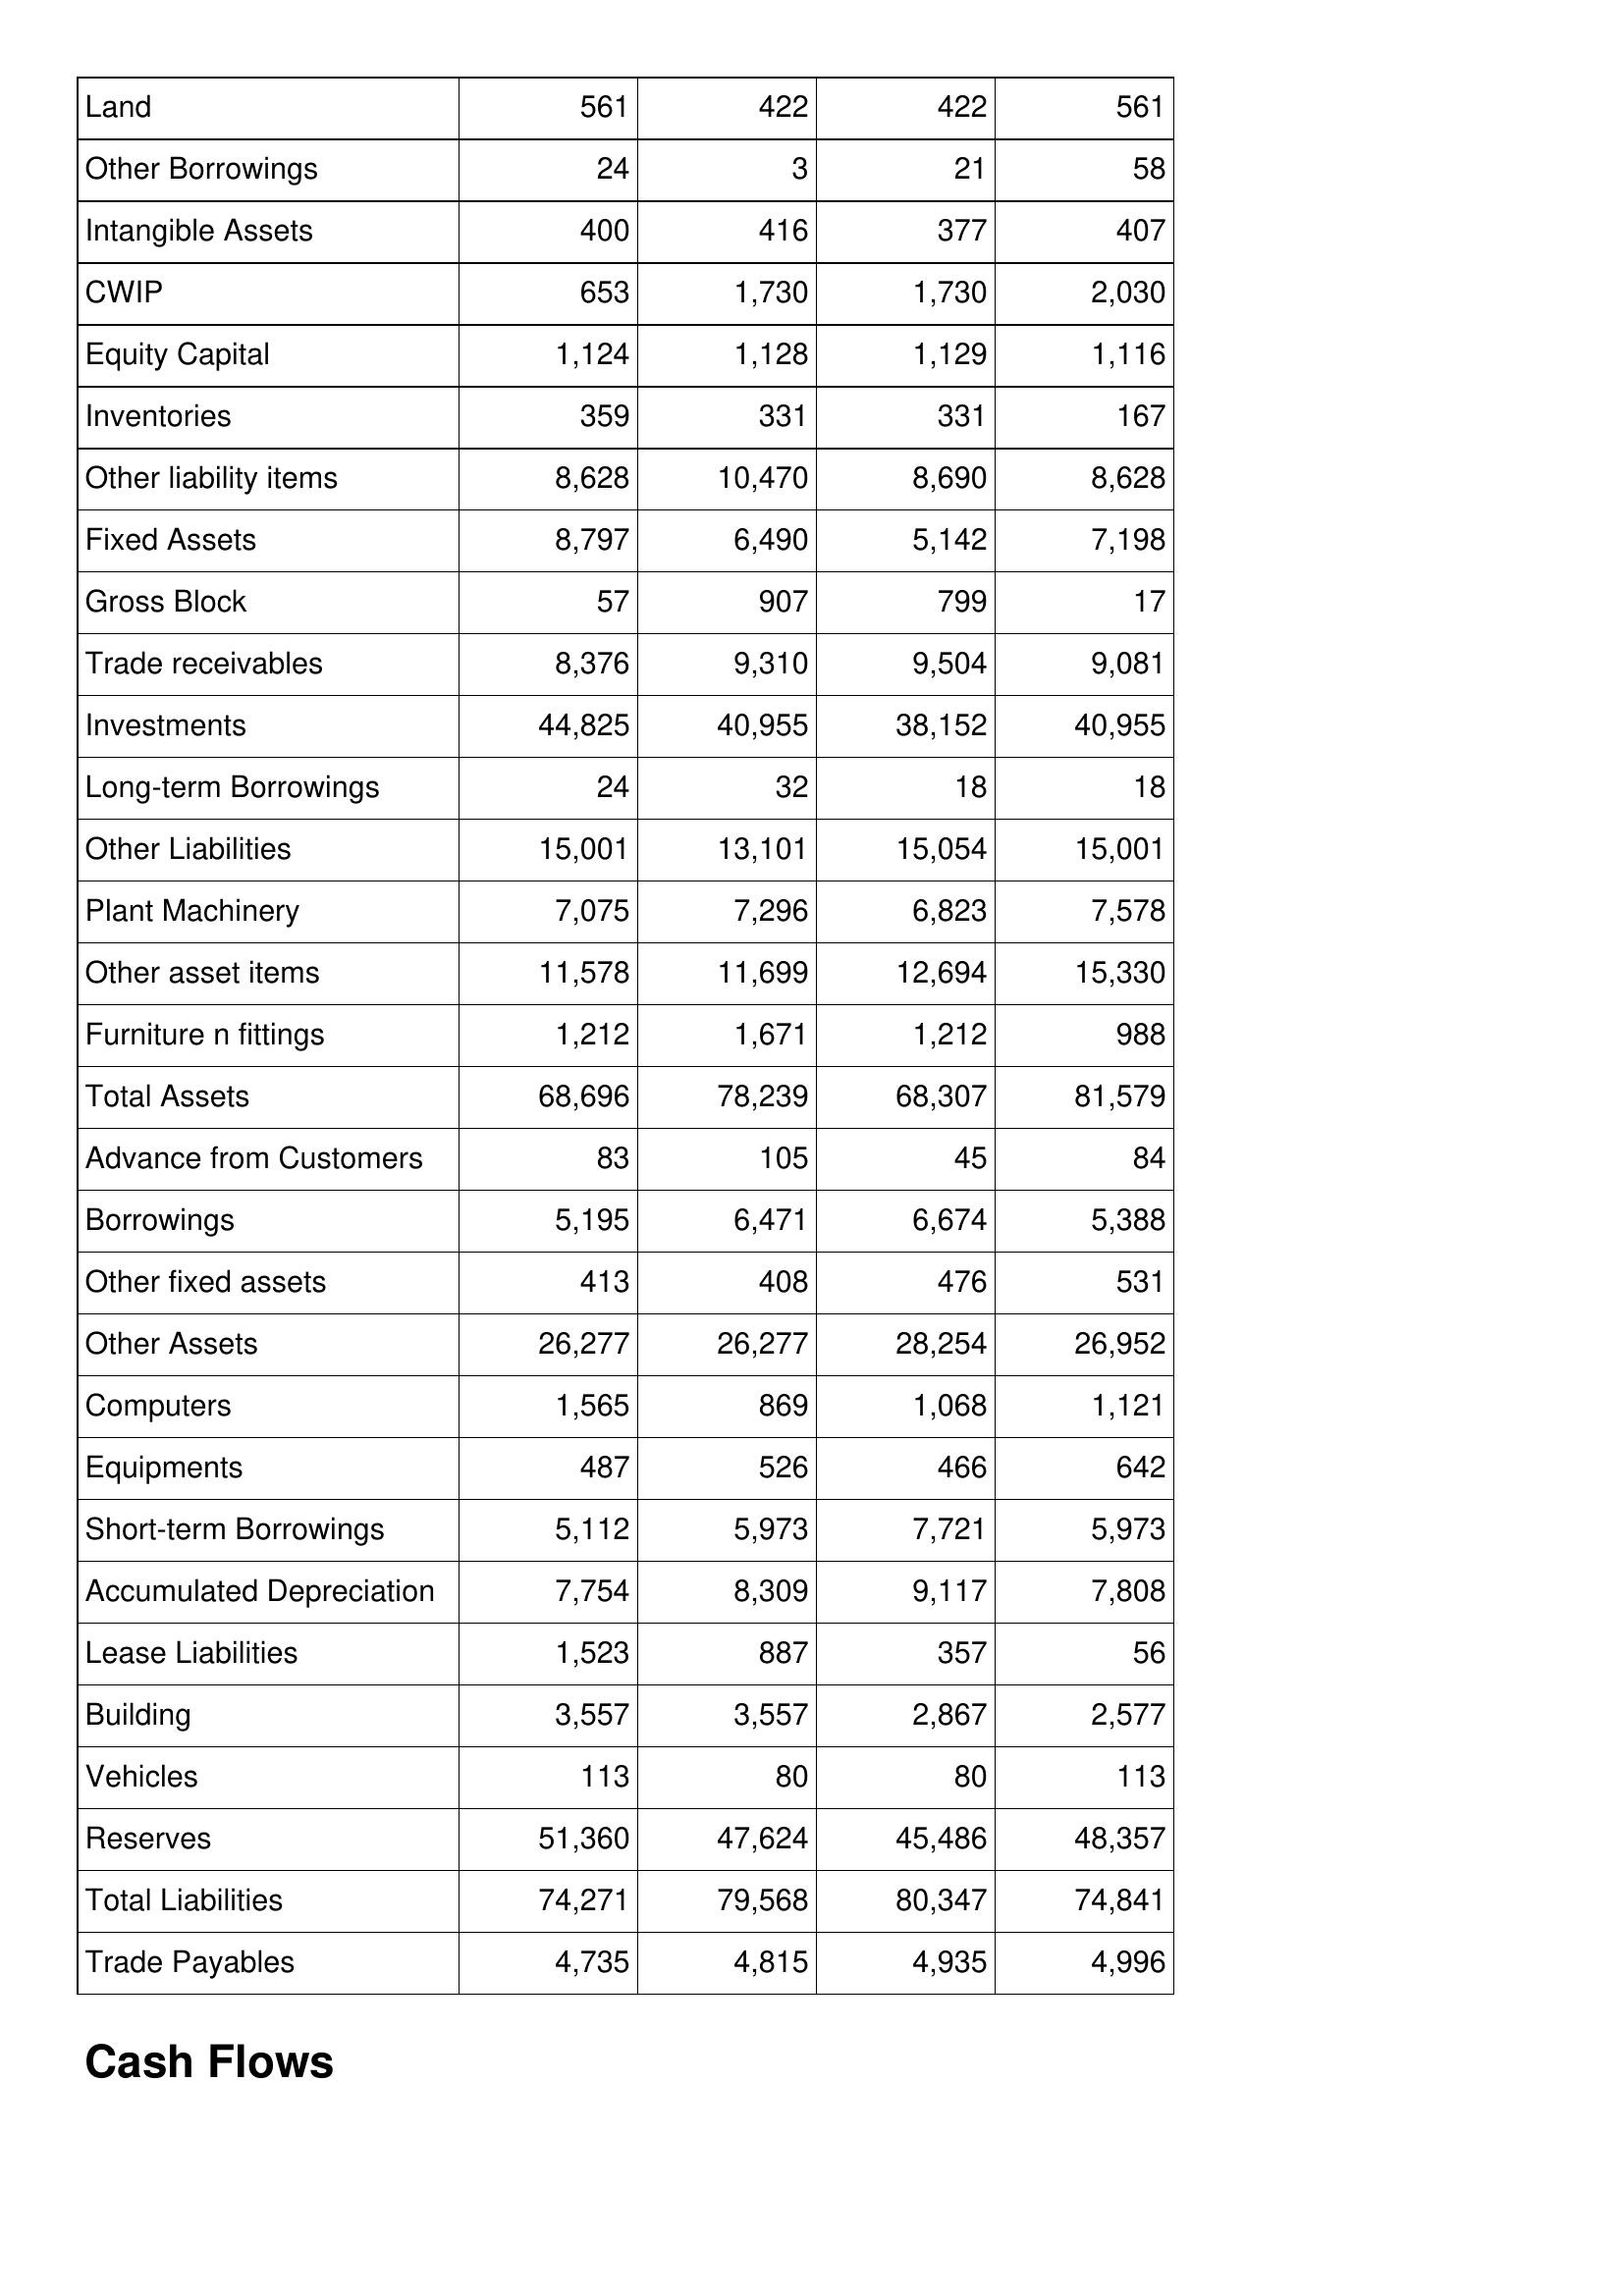
May-08: Balance Sheet: Land: 561
Other Borrowings: 24
Intangible Assets: 400
CWIP: 653
Equity Capital: 1,124
Inventories: 359
Other liability items: 8,628
Fixed Assets: 8,797
Gross Block: 57
Trade receivables: 8,376
Investments: 44,825
Long-term Borrowings: 24
Other Liabilities: 15,001
Plant Machinery: 7,075
Other asset items: 11,578
Furniture n fittings: 1,212
Total Assets: 68,696
Advance from Customers: 83
Borrowings: 5,195
Other fixed assets: 413
Other Assets: 26,277
Computers: 1,565
Equipments: 487
Short-term Borrowings: 5,112
Accumulated Depreciation: 7,754
Lease Liabilities: 1,523
Building: 3,557
Vehicles: 113
Reserves: 51,360
Total Liabilities: 74,271
Trade Payables: 4,735
May-07: Balance Sheet: Land: 422
Other Borrowings: 3
Intangible Assets: 416
CWIP: 1,730
Equity Capital: 1,128
Inventories: 331
Other liability items: 10,470
Fixed Assets: 6,490
Gross Block: 907
Trade receivables: 9,310
Investments: 40,955
Long-term Borrowings: 32
Other Liabilities: 13,101
Plant Machinery: 7,296
Other asset items: 11,699
Furniture n fittings: 1,671
Total Assets: 78,239
Advance from Customers: 105
Borrowings: 6,471
Other fixed assets: 408
Other Assets: 26,277
Computers: 869
Equipments: 526
Short-term Borrowings: 5,973
Accumulated Depreciation: 8,309
Lease Liabilities: 887
Building: 3,557
Vehicles: 80
Reserves: 47,624
Total Liabilities: 79,568
Trade Payables: 4,815
May-06: Balance Sheet: Land: 422
Other Borrowings: 21
Intangible Assets: 377
CWIP: 1,730
Equity Capital: 1,129
Inventories: 331
Other liability items: 8,690
Fixed Assets: 5,142
Gross Block: 799
Trade receivables: 9,504
Investments: 38,152
Long-term Borrowings: 18
Other Liabilities: 15,054
Plant Machinery: 6,823
Other asset items: 12,694
Furniture n fittings: 1,212
Total Assets: 68,307
Advance from Customers: 45
Borrowings: 6,674
Other fixed assets: 476
Other Assets: 28,254
Computers: 1,068
Equipments: 466
Short-term Borrowings: 7,721
Accumulated Depreciation: 9,117
Lease Liabilities: 357
Building: 2,867
Vehicles: 80
Reserves: 45,486
Total Liabilities: 80,347
Trade Payables: 4,935
May-05: Balance Sheet: Land: 561
Other Borrowings: 58
Intangible Assets: 407
CWIP: 2,030
Equity Capital: 1,116
Inventories: 167
Other liability items: 8,628
Fixed Assets: 7,198
Gross Block: 17
Trade receivables: 9,081
Investments: 40,955
Long-term Borrowings: 18
Other Liabilities: 15,001
Plant Machinery: 7,578
Other asset items: 15,330
Furniture n fittings: 988
Total Assets: 81,579
Advance from Customers: 84
Borrowings: 5,388
Other fixed assets: 531
Other Assets: 26,952
Computers: 1,121
Equipments: 642
Short-term Borrowings: 5,973
Accumulated Depreciation: 7,808
Lease Liabilities: 56
Building: 2,577
Vehicles: 113
Reserves: 48,357
Total Liabilities: 74,841
Trade Payables: 4,996